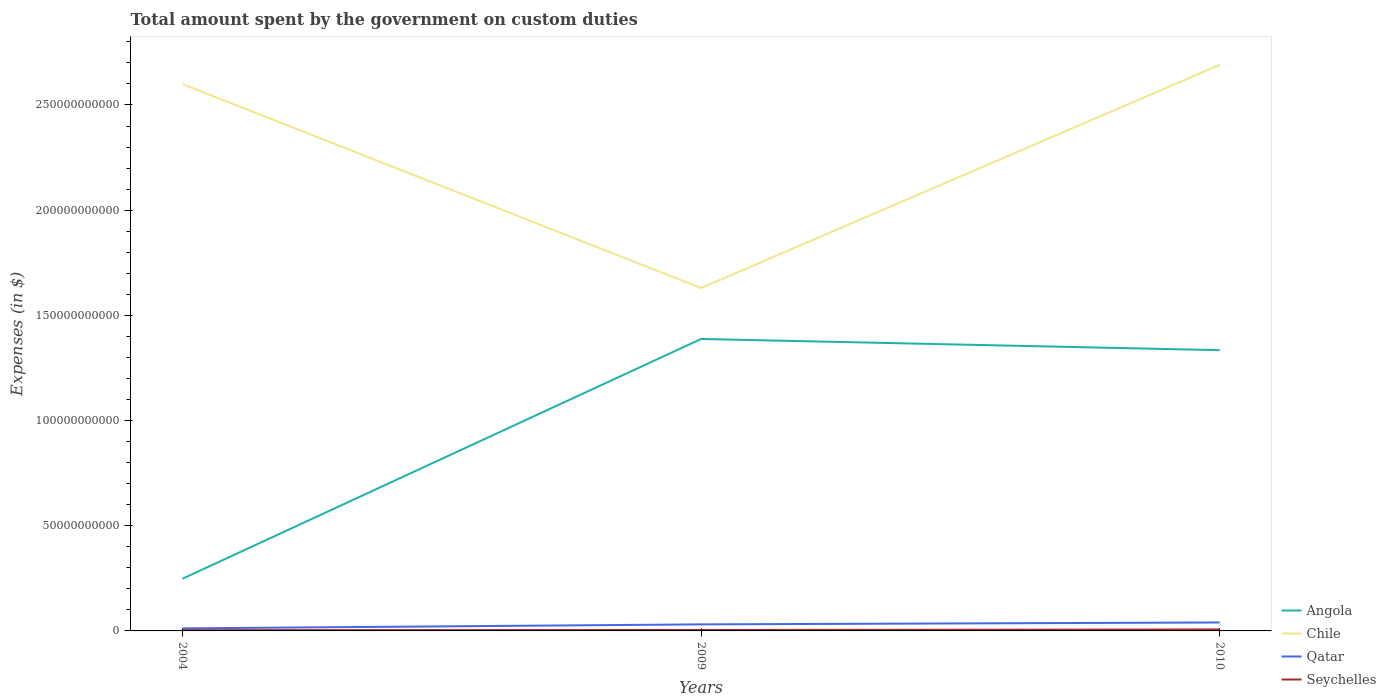
| Years | Angola | Chile | Qatar | Seychelles |
 | --- | --- | --- | --- | --- |
 | 2004 | 2.48e+10 | 2.6e+11 | 1.21e+09 | 3.51e+08 |
 | 2009 | 1.39e+11 | 1.63e+11 | 3.11e+09 | 4.37e+08 |
 | 2010 | 1.33e+11 | 2.69e+11 | 4.02e+09 | 6.96e+08 |